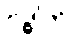
ဗဒ္ဓါတိ